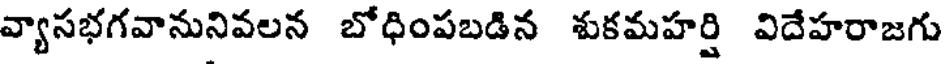
వ్యాసభగవానునివలన బోధింపబడిన శుకమహర్షి విదేహరాజగు